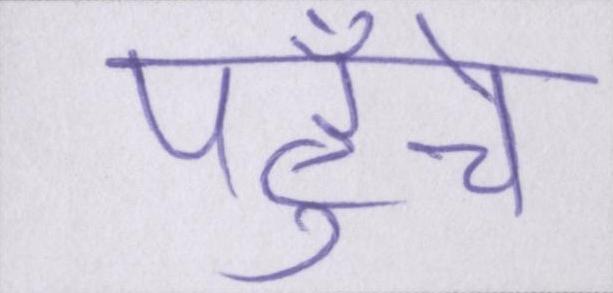
पहुँचे